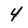
Character: 4